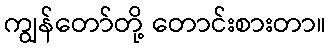
ကျွန်တော်တို့ တောင်းစားတာ။